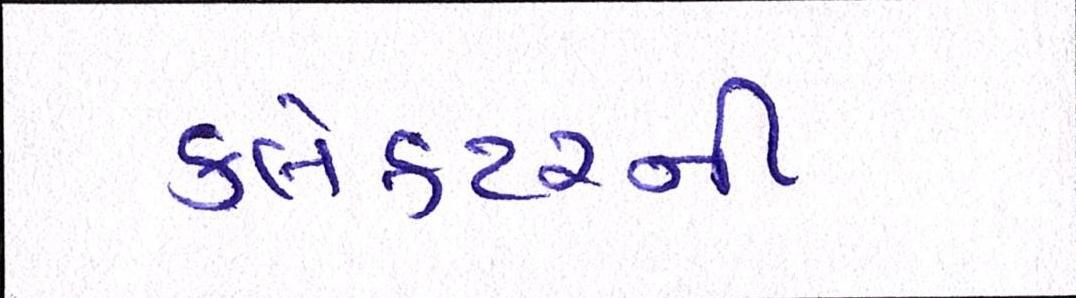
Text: કલેક્ટરની